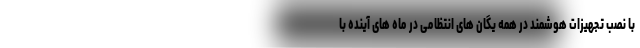
با نصب تجهیزات هوشمند در همه یگان های انتظامی در ماه های آینده با